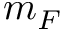
m _ { F }